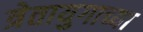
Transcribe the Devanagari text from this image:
त्रेतायुगाच्या